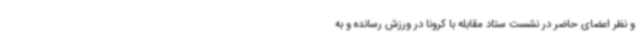
و نظر اعضای حاضر در نشست ستاد مقابله با کرونا در ورزش رسانده و به